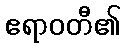
ဧရာဝတီ၏